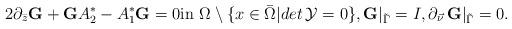
LaTeX: \begin{align*}2\partial_{\bar z}\mbox{\bf G}+\mbox{\bf G}A_2^*-A_1^*\mbox{\bf G}=0\mbox{in}\,\,\Omega\setminus \{x\in \bar\Omega\vert det\, \mathcal Y=0\},\mbox{\bf G}\vert_{\tilde \Gamma}=I, \partial_{\vec \nu}\,\mbox{\bf G}\vert_{\tilde \Gamma}=0.\end{align*}